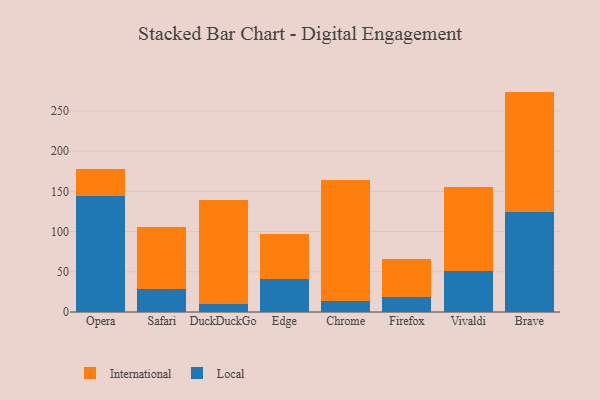
{"axis": {"x": "Browser", "y": "Gross Profit (USD K)"}, "legend": ["International", "Local"], "data": [{"x": "Opera", "y": 143.9, "type": "Local"}, {"x": "Opera", "y": 33.5, "type": "International"}, {"x": "Safari", "y": 28.6, "type": "Local"}, {"x": "Safari", "y": 76.5, "type": "International"}, {"x": "DuckDuckGo", "y": 10.4, "type": "Local"}, {"x": "DuckDuckGo", "y": 128.9, "type": "International"}, {"x": "Edge", "y": 41.6, "type": "Local"}, {"x": "Edge", "y": 55.6, "type": "International"}, {"x": "Chrome", "y": 14.2, "type": "Local"}, {"x": "Chrome", "y": 150.1, "type": "International"}, {"x": "Firefox", "y": 19.1, "type": "Local"}, {"x": "Firefox", "y": 47.3, "type": "International"}, {"x": "Vivaldi", "y": 51.2, "type": "Local"}, {"x": "Vivaldi", "y": 104.1, "type": "International"}, {"x": "Brave", "y": 124.3, "type": "Local"}, {"x": "Brave", "y": 149.8, "type": "International"}]}